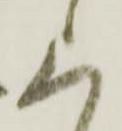
上